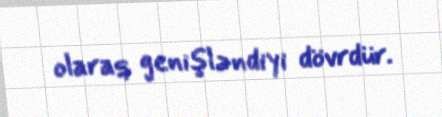
olaraq genişləndiyi dövrdür.